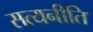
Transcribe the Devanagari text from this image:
सत्यनीति